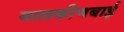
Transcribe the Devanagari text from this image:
मालकीणबाई